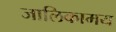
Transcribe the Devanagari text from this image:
जालिकामय